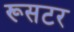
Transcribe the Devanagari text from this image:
रूसटर